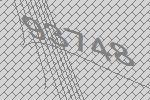
93748